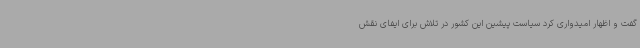
گفت و اظهار امیدواری کرد سیاست پیشین این کشور در تلاش برای ایفای نقش